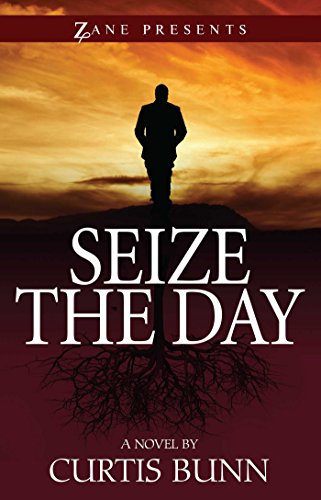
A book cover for Seize the Day; Curtis Bunn; Romance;